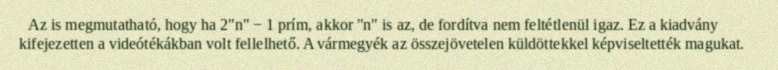
Az is megmutatható, hogy ha 2"n" − 1 prím, akkor "n" is az, de fordítva nem feltétlenül igaz. Ez a kiadvány kifejezetten a videótékákban volt fellelhető. A vármegyék az összejövetelen küldöttekkel képviseltették magukat.